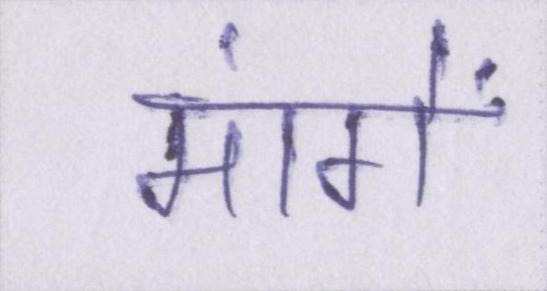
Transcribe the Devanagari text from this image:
मांगें